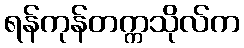
ရန်ကုန်တက္ကသိုလ်က